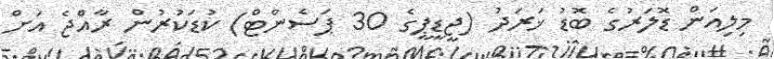
މިލިއަން ޑޮލަރުގެ ބޮޑު ޚަރަދު (ޖީޑީޕީގެ 30 ޕަސެންޓް) ކުޑަކުރުން ރާއްޖެ އަށް